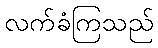
လက်ခံကြသည်